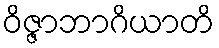
ဝိဇ္ဇာဘာဂိယာတိ